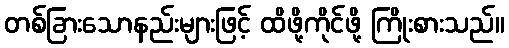
တစ်ခြားသောနည်းများဖြင့် ထိဖို့ကိုင်ဖို့ ကြိုးစားသည်။